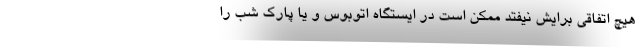
هیچ اتفاقی برایش نیفتد ممکن است در ایستگاه اتوبوس و یا پارک شب را